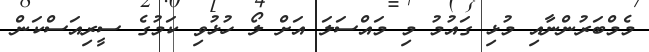
މެމްބަރުންނާއި މުޅި ގައުމު މި މައްސަލަ އަށް ލޯ ހުޅުވި ކަމުގެ ސީރިއަސްކަން